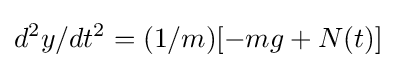
d^{2}y/dt^{2}=(1/m)[-mg+N(t)]